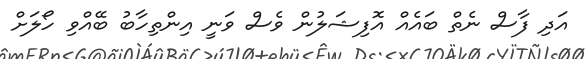
އަދި ފާސް ނެތް ބައެއް އޮފިޝަލުން ވެސް ވަނީ އިންތިހާބު ބޭއްވި ހޯލަށް